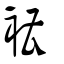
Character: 褿